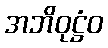
အဘိဝုဋ္ဌံဝ